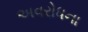
અવરોધના